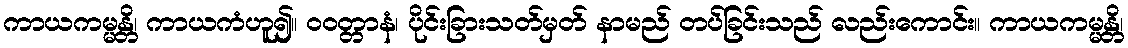
ကာယကမ္မန္တိ၊ ကာယကံဟူ၍။ ဝဝတ္တာနံ၊ ပိုင်းခြားသတ်မှတ် နာမည် တပ်ခြင်းသည် လည်းကောင်း။ ကာယကမ္မန္တိ၊